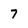
Character: 7